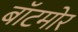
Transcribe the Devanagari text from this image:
बॉटमोर